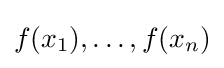
f(x_{1}),\ldots ,f(x_{n})